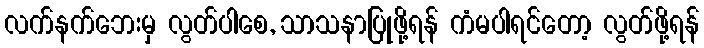
လက်နက်ဘေးမှ လွတ်ပါစေ, သာသနာပြုဖို့ရန် ကံမပါရင်တော့ လွတ်ဖို့ရန်